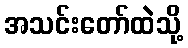
အသင်းတော်ထဲသို့